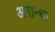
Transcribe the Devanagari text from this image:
अगान्था